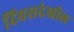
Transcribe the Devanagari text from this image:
दिवसदेखील